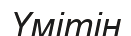
Үмітін